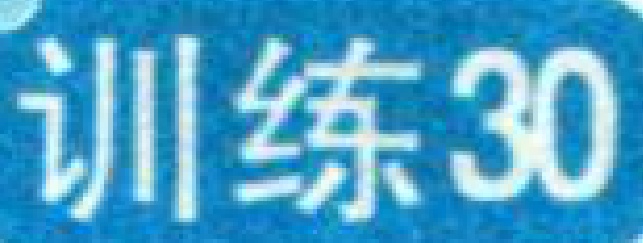
训练30